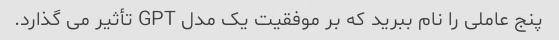
پنج عاملی را نام ببرید که بر موفقیت یک مدل GPT تأثیر می گذارد.